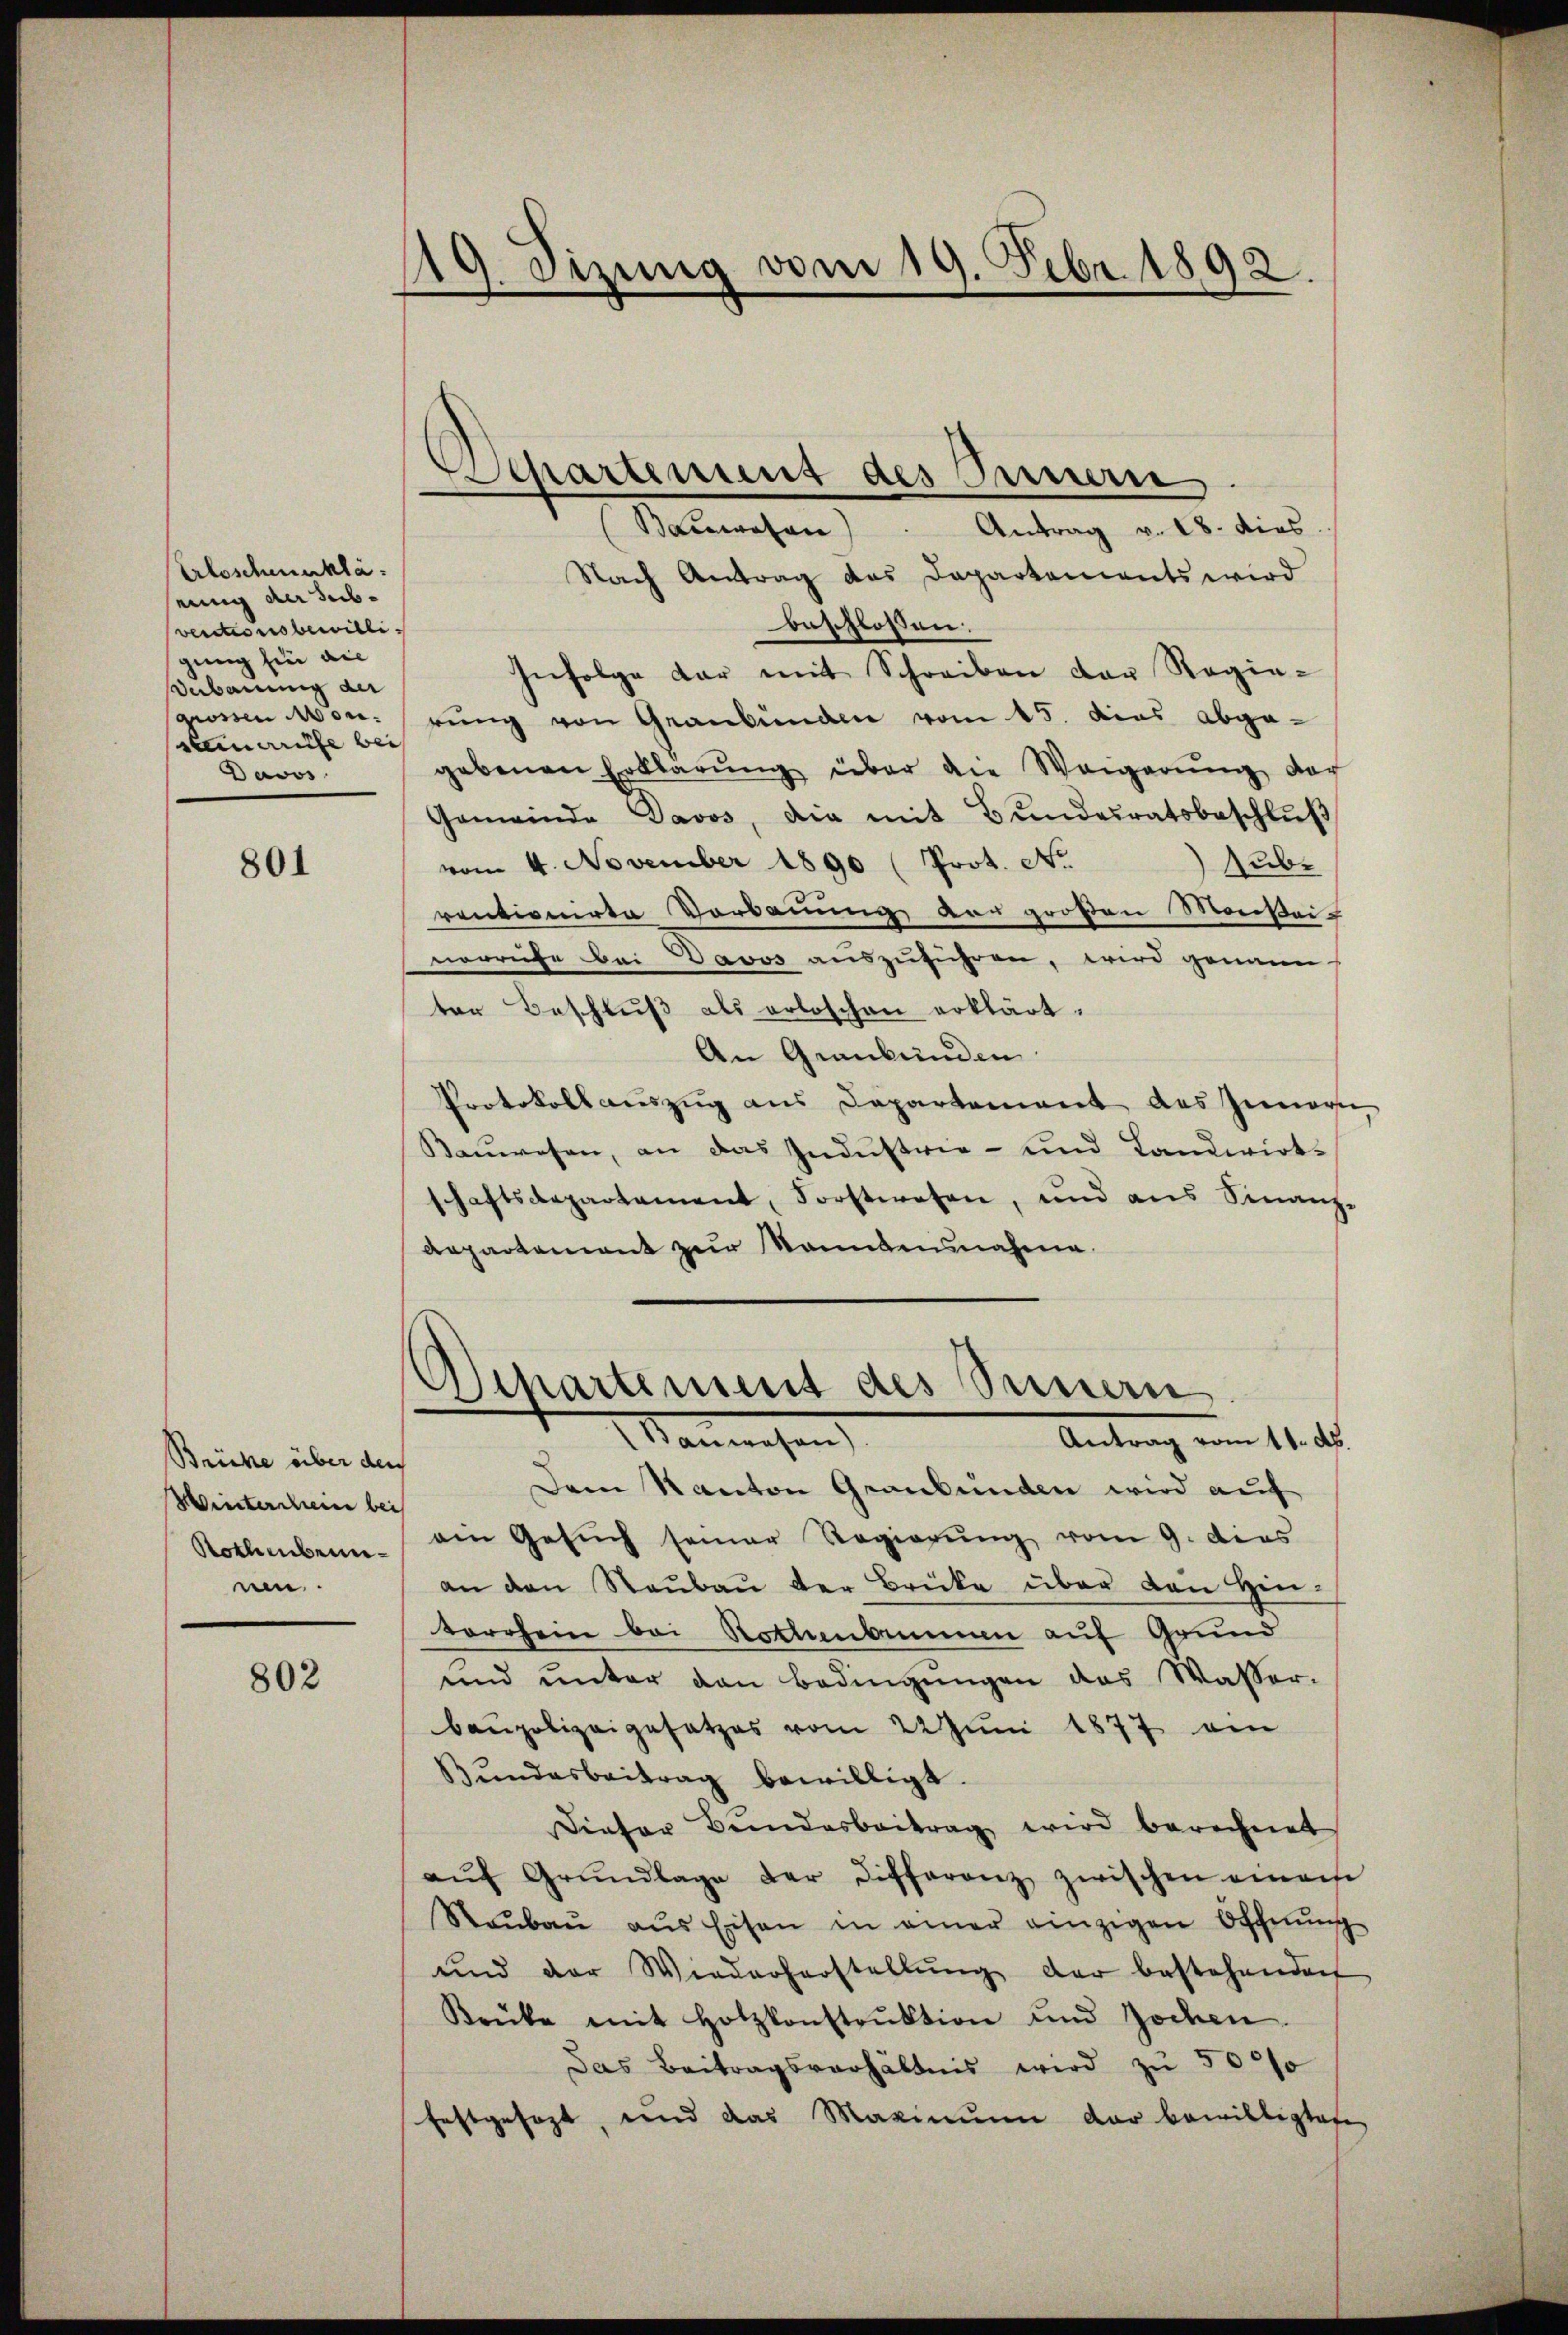
Arloschenuklä
einig der Subventionsbewilli-
gung fin die
Berbauung der
gioren Mon.
semarite bei
Davos.

801

Brücke über der
Winterscheine bei
Rothenbernen.

802

119. Sizung vom 19. Febr. 1892.

Separtement des Innern.
Bacasan
Antrag v. 18. dies

Nach Antrag des Departements wird
beschlossen.
Infolge dar mit Schreiben der Regierŭng von Graubünden vom 15. dies abge-
gebenen Erklärŭng über die Weigerŭng der
Gemeinde Davos, die mit Bŭndesratsbeschlŭβ
vom 4. November 1890 (Prot. No
Subr
rentionirte Vorbauung vor großen Morikei-
norriche Bei Davos auszuführen, wird genann
ter Beschluß als erloschen erklärt.
An Graubünden.
Protokoll aŭszŭg ans Departement des Innern,
Kaŭwesen, an das Indŭstrie- und Landwirt-
schaftsdepartement, Forstwesen, und aus Finanz-
Aepartement zur Sonntensnahme.
Departement des Sauern.
Manwesen
Antrag vom 11. Ab.
Dem Kanton Graubünden wird auf
ein Gesŭch seiner Regierŭng vom 9. dies
an den Raŭbaŭ der Brücke über den Hrn.
torchein bei Nothnbaumen auf Grund
und unter den Bedingŭngen das Wasser-
baupolizeigesetzes vom 22 Juni 1877 ein
Bŭndesbeitrag bewilligt.
Dieser Bŭndesbeitrag wird berechnet
aŭf Grŭndlage der Differenz zwischen eines
Staŭbaŭ aŭs Eisen in einer einzigen Offnŭng
und der Wiederherstellŭng der bestehenden
Krüke mit Holzkonstrŭktion und Jochen.
Das Beitragsverhältnis wird zu 5000
festgesezt, und das Maximum der bewilligten